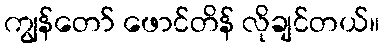
ကျွန်တော် ဖောင်တိန် လိုချင်တယ်။